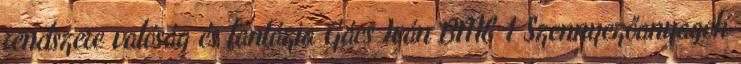
rendszere valóság és fantázia Gács Iván BME 1 Szennyezőanyagok